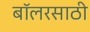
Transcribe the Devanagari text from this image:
बॉलरसाठी